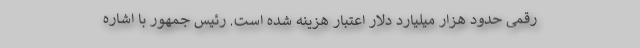
رقمی حدود هزار میلیارد دلار اعتبار هزینه شده است. رئیس جمهور با اشاره